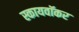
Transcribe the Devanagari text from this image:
स्कायवॉकर